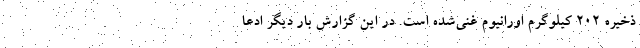
ذخیره ۲۰۲ کیلوگرم اورانیوم غنی‌‌شده است. در این گزارش بار دیگر ادعا